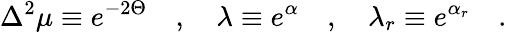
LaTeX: \Delta^{2}\mu\equiv e^{-2\Theta}\quad,\quad\lambda\equiv e^{\alpha}\quad,\quad\lambda_{r}\equiv e^{\alpha_{r}}\quad.